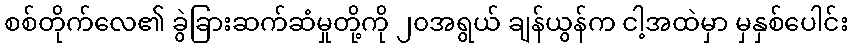
စစ်တိုက်လေ၏ ခွဲခြားဆက်ဆံမှုတို့ကို ၂၀အရွယ် ချန်ယွန်က ငါ့အထဲမှာ မှနှစ်ပေါင်း